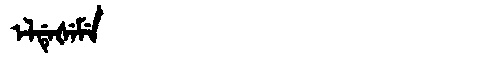
Manchu: ᡝᠯᡩᡝᡧᡝᠮᡝ
Romanization: ELDEŠEME